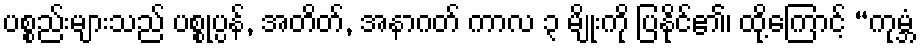
ပစ္စည်းများသည် ပစ္စုပ္ပန်, အတိတ်, အနာဂတ် ကာလ ၃ မျိုးကို ပြနိုင်၏၊ ထို့ကြောင့် “ကုမ္ဘံ